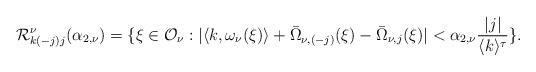
LaTeX: \begin{align*}\mathcal{R}_{k(-j)j}^{\nu}(\alpha_{2,\nu})=\{\xi\in\mathcal{O}_{\nu}:|\langle k,\omega_{\nu}(\xi)\rangle+ \bar{\Omega}_{\nu,(-j)}(\xi)-\bar{\Omega}_{\nu,j}(\xi)|<\alpha_{2,\nu}\frac{|j|}{\langle k\rangle^{\tau}}\}.\end{align*}